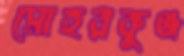
মোহরকুঞ্জ